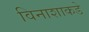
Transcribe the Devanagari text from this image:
विनाशाकडे